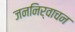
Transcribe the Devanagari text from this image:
जननिर्वाचन